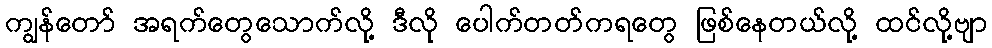
ကျွန်တော် အရက်တွေသောက်လို့ ဒီလို ပေါက်တတ်ကရတွေ ဖြစ်နေတယ်လို့ ထင်လို့ဗျာ